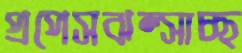
প্রপেসঝল্‌সাচ্ছ